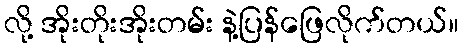
လို့ အိုးတိုးအိုးတမ်း နဲ့ပြန်ဖြေလိုက်တယ်။